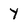
Character: Y